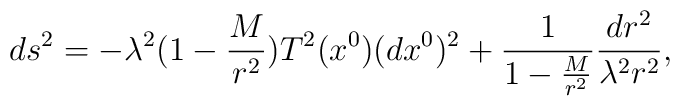
ds^2 = - \lambda^2 ( 1- \frac{M}{r^2} ) T^2 (x^0 ) (dx^0 )^2 + \frac{1}{1- \frac{M}{r^2} } \frac{dr^2}{ \lambda^2 r^2} ,